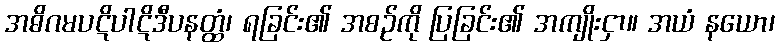
အဓိဂမပဋိပါဋိဒီပနတ္ထံ၊ ရခြင်း၏ အစဉ်ကို ပြခြင်း၏ အကျိုးငှာ။ အယံ နယော၊